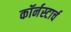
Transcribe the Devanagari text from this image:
कॉर्नस्टार्च